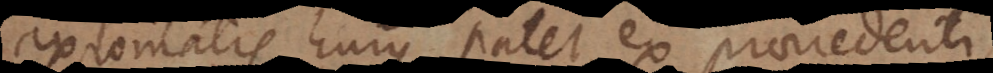
axiomatis hujus patet ex praecedenti,